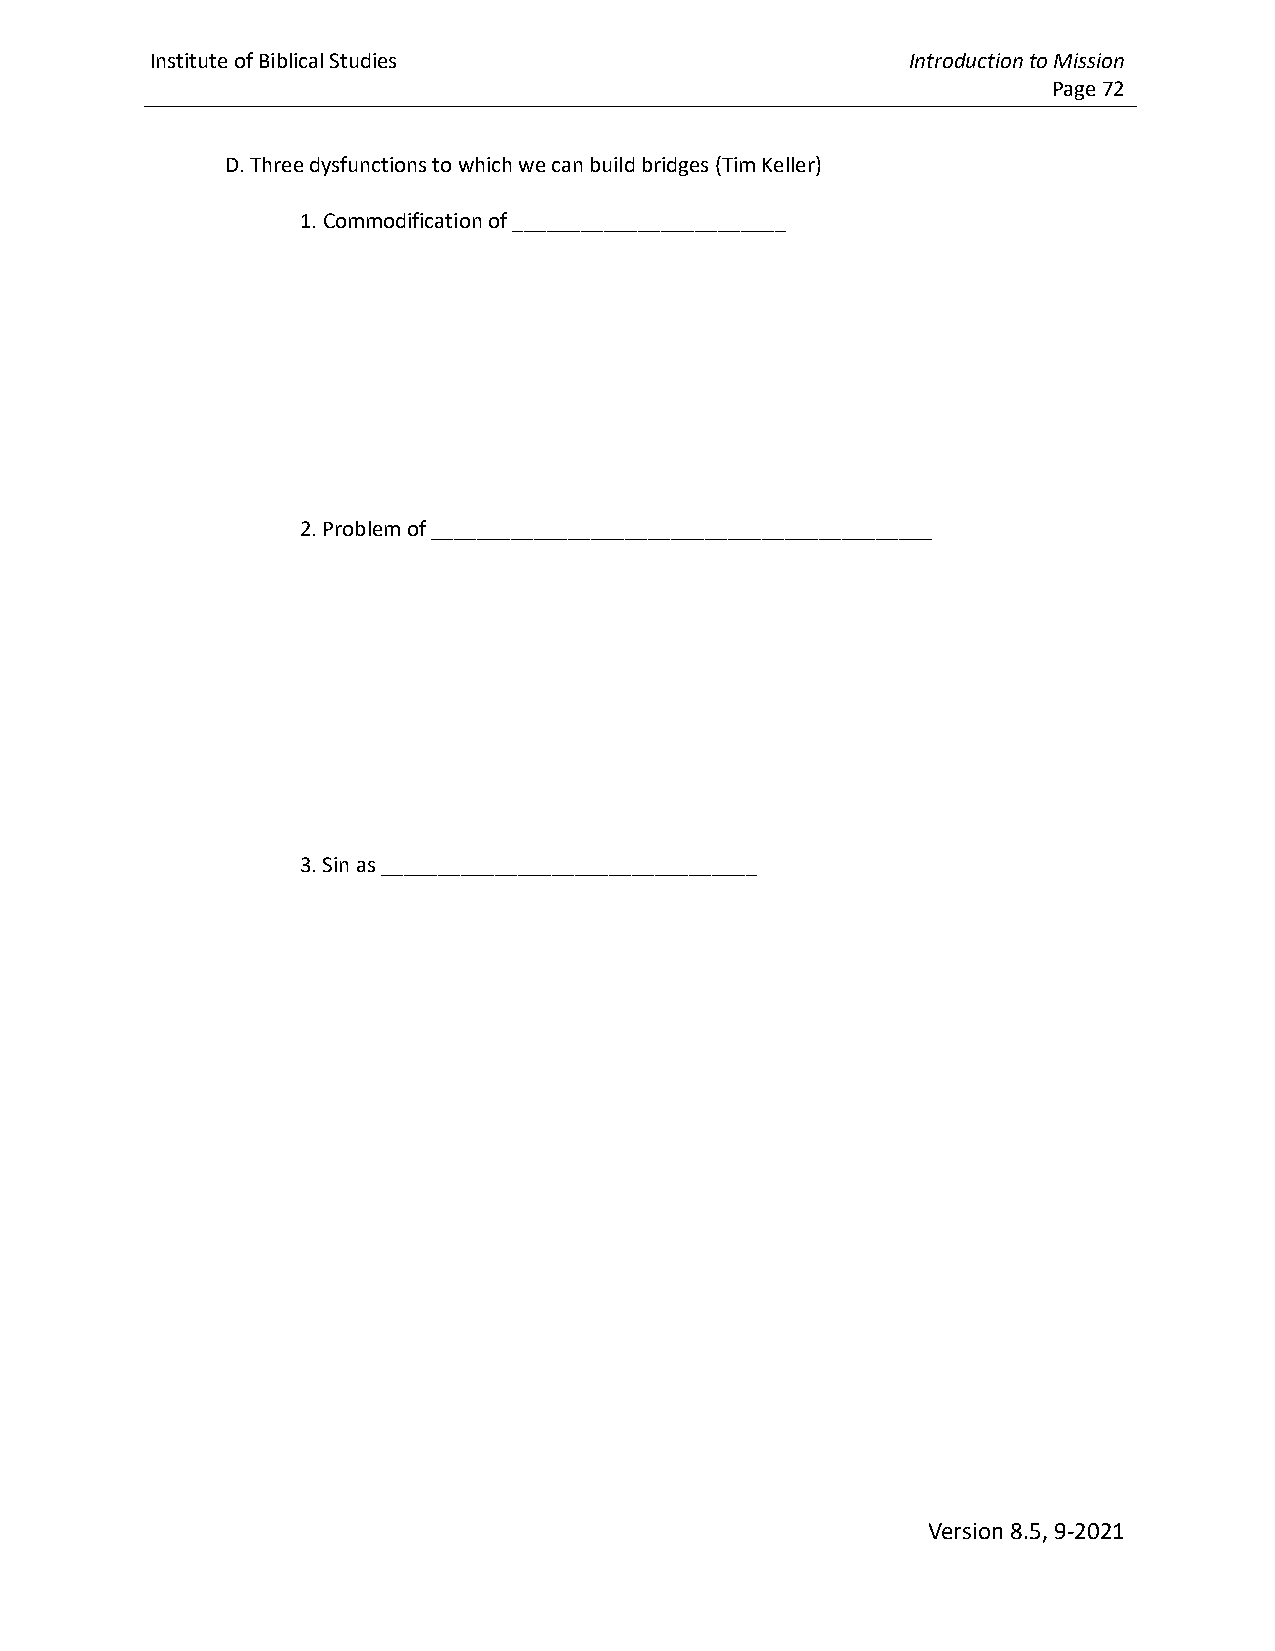
Institute of Biblical Studies                     Introduction to Mission
 Page 72
 D. Three dysfunctions to which we can build bridges (Tim Keller)
 1. Commodification of ________________________
 2. Problem of ____________________________________________
 3. Sin as _________________________________
 Version 8.5, 9-2021